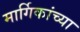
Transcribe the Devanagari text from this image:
मार्गिकांच्या